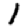
Digit: 1